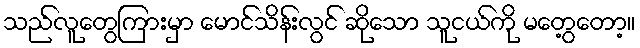
သည်လူတွေကြားမှာ မောင်သိန်းလွင် ဆိုသော သူငယ်ကို မတွေ့တော့။